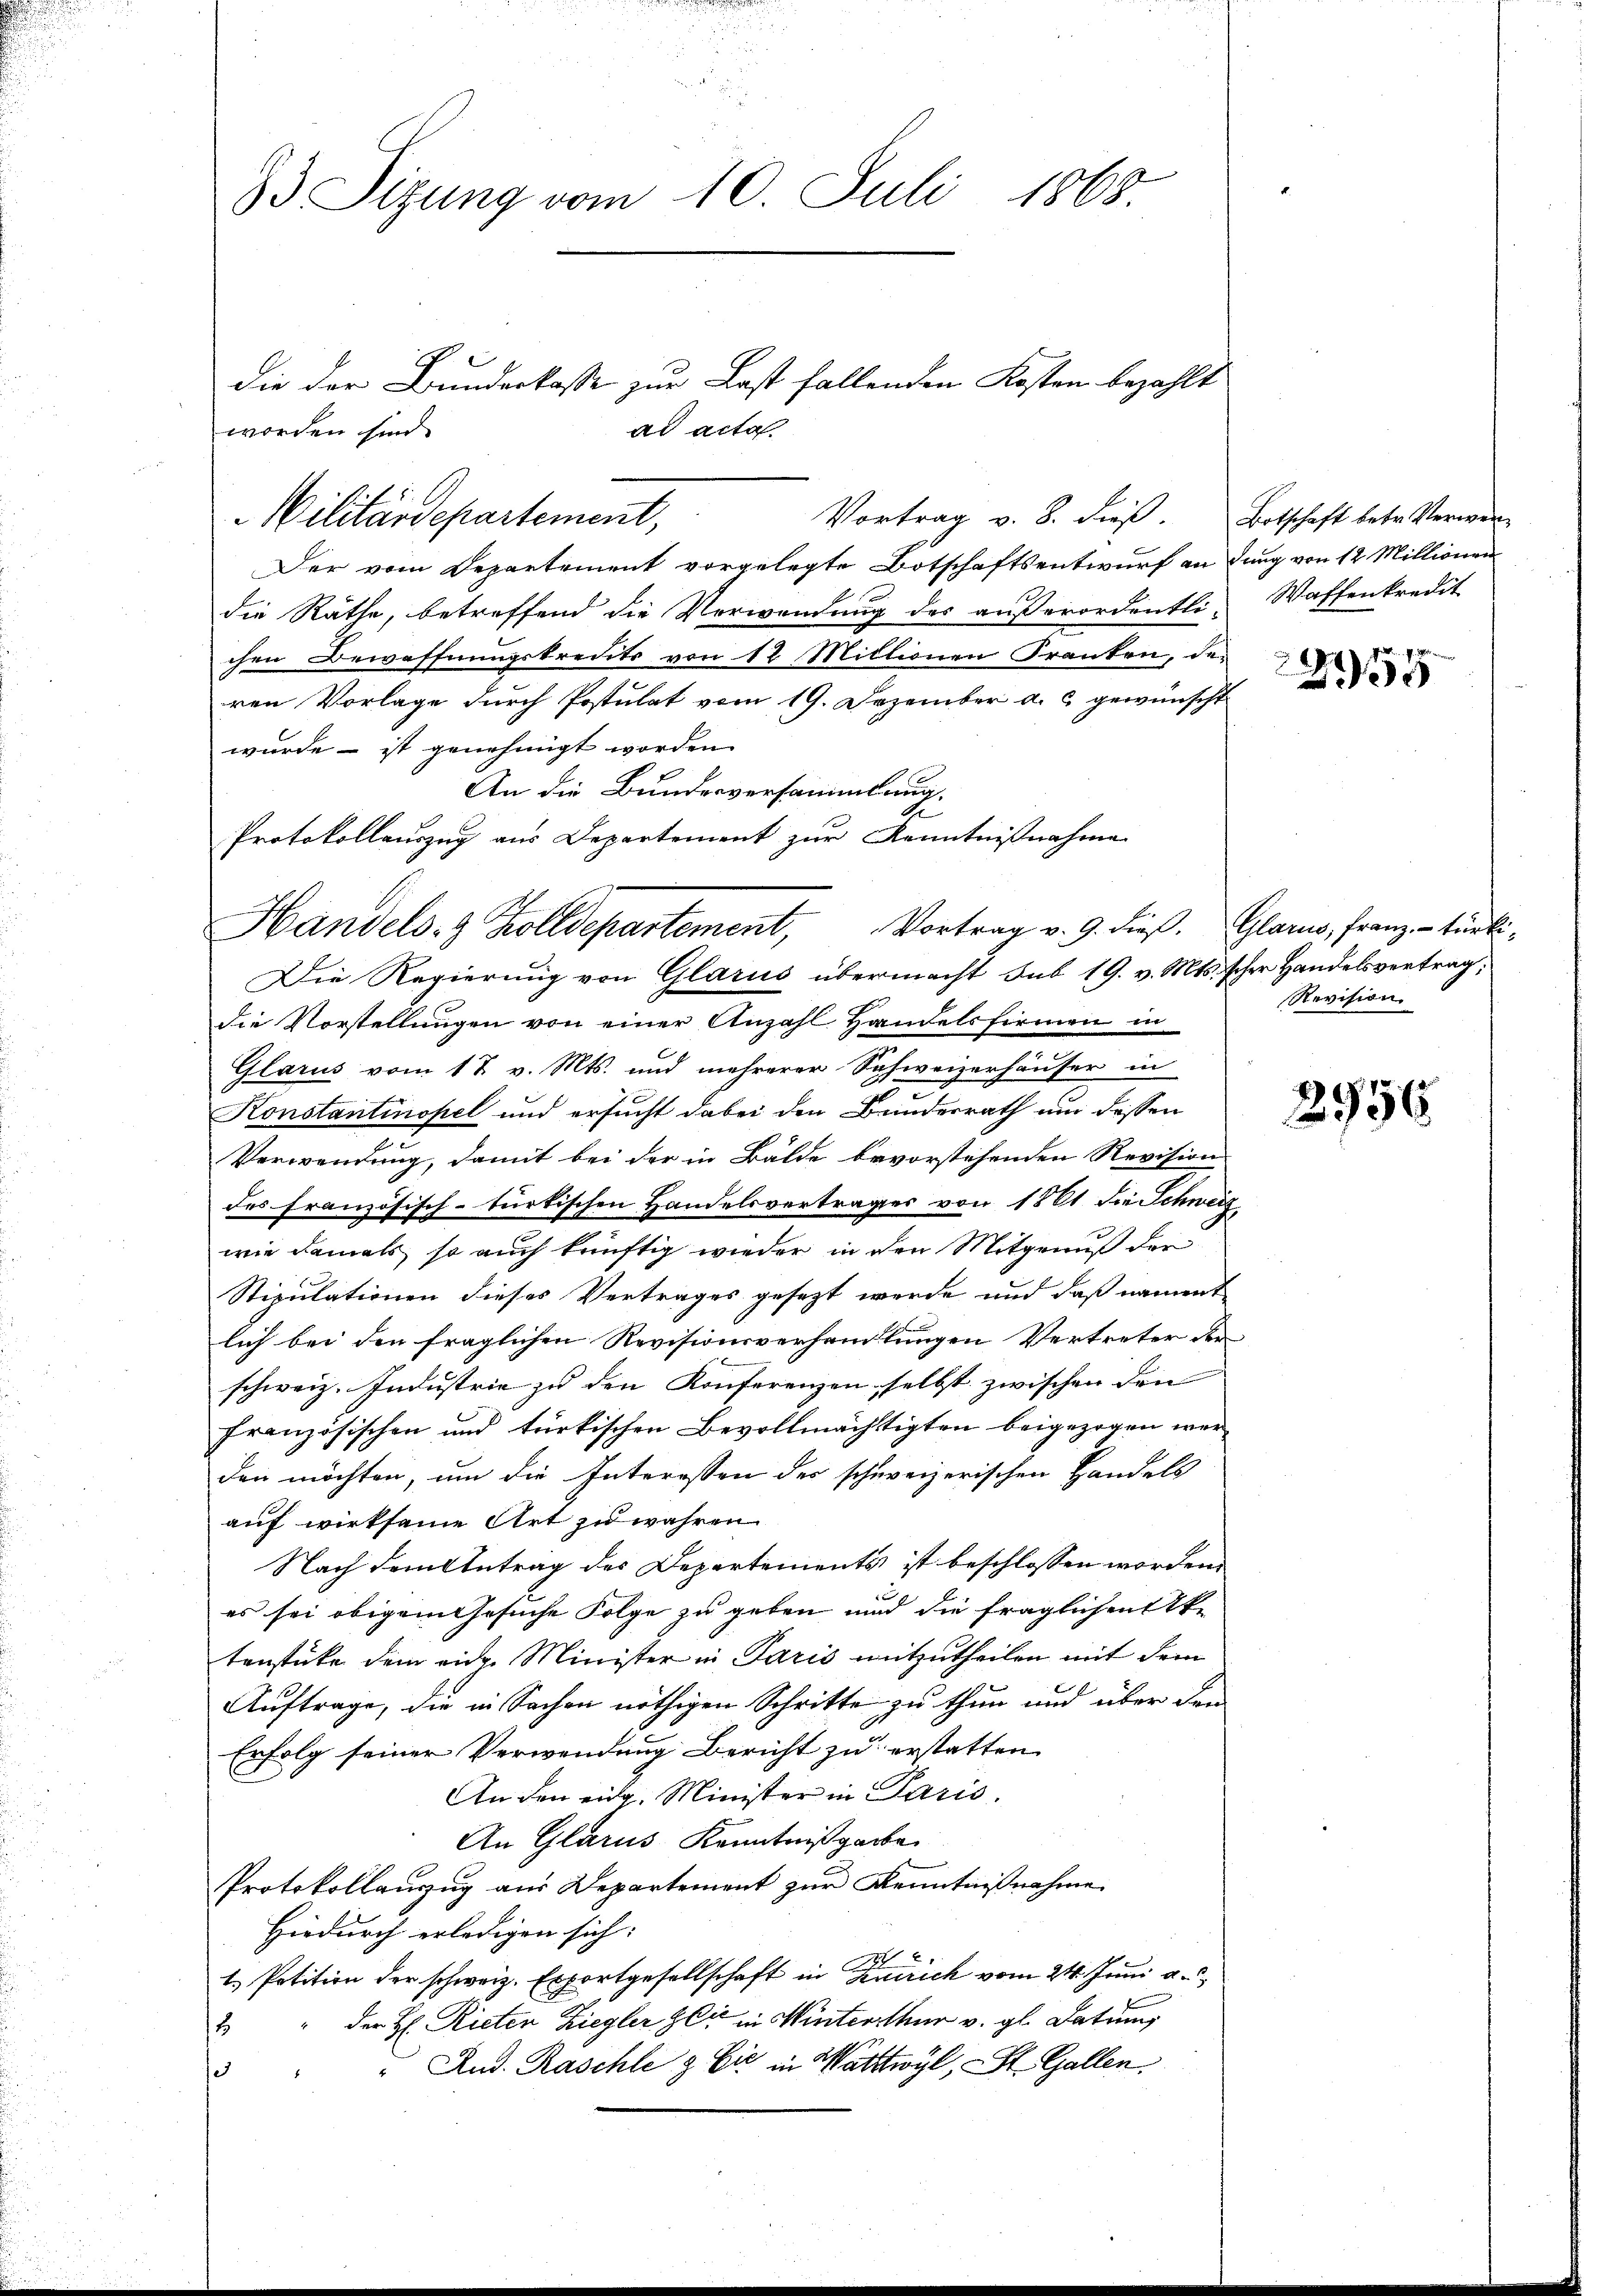
d
93 Sizung vom 10. Juli 1868.

die der Bunderkasse zur Last fallenden Kosten bezahlt
ad acta.
worden sind.
Vortrag v. 8. dieß. Botschaft betr. Verwen-
Der vom Departement vorgelegte Botschaftsentwurf andung von 12 Millionen
die Räthe, betreffend die Verwendung des außerordentli- Waffenkredit
chen Bewaffnungskredits von 12 Millionen Franken, den
ren Vorlage durch Postulat vom 19. Dezember a. c. gewünscht
wurde - ist genehmigt worden.
An die Bundesversammlung.
Protokollauszug aus Departement zur Kenntnißnahme
Die Regierung von Glarus übermacht Sub 19. v. Mts. scher Handelsvertrag,
die Vorstellungen von einer Anzahl Handelsfirmen in
Glarus vom 17. v. Mts. und mehrerer Schweizerhäuser in
Konstantinopel und ersucht dabei den Bundesrath um dessen
Verwendung, damit bei der in Bälde bevorstehenden Revision
des französisch-turtischen Handelsvertrages von 1861 die Schwerz
wie damals, so auch künftig wieder in den Mitgenuß der
Stipulationen dieses Vertrages gesezt werde und daß nament
lich bei den fraglichen Revisionsverhandlungen Vertreter der
schweiz. Industrie zu den Konferenzen selbst zwischen den
französischen und türkischen Bevollmächtigten beigezogen werden möchten, um die Interessen des schweizerischen Handels
auf wirksame Art zu wahren
Nach dem Antrag des Departements ist beschlossen worden.
es sei obigem Gesuche Folge zu geben und die fraglichen Ake
tenstücke dem eidg. Minister in Paris mitzutheilen mit dem
Auftrage, die in Sachen nöthigen Schritte zu thun und über den
Erfolg seiner Verwendung Bericht zu erstatten
An den eidg. Minister in Paris.
An Glarus Kenntnißgabe
Protokollanzug aus Departement zur Kenntnißnahme
Hiedurch erledigen sich:
7.
1.) Petition der schweiz. Exportgesellschaft in Zürich vom 24. Juni a.
2 " der H. Rieten Ziegler zu in Winterthur v. gl. Datum
" Rud. Raschle & Eić in Wattwyl, St. Gallen
1

Wilitärdepartement,

Handels- & Zolldepartement, Vortrag v. 9. dieß. Glarus, Franz - tibi¬

2155

Revision

2956